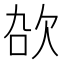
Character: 𬅠